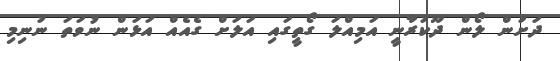
ދަށުން ލޯން ދޫކުރާނީ އަމިއްލަ ގޯތީގައި އަލަށް ގެއެއް އަޅަން ނުވަތަ ނުނިމި